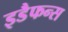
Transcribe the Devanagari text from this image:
इडैफन्स